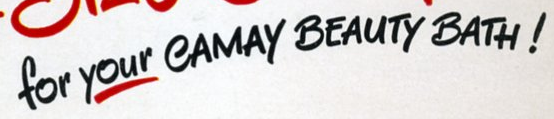
for your CAMAY BEAUTY BATH!